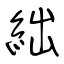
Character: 絀